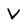
Character: V